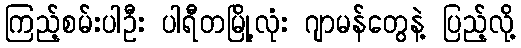
ကြည့်စမ်းပါဦး ပါရီတမြို့လုံး ဂျာမန်တွေနဲ့ ပြည့်လို့